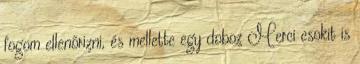
fogom ellenőrizni, és mellette egy doboz Merci csokit is